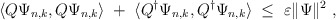
\begin{align*}\langle Q\Psi_{n,k}, Q\Psi_{n,k}\rangle\;+\; \langle Q^\dagger\Psi_{n,k},Q^\dagger\Psi_{n,k}\rangle \;\leq\;\varepsilon\Vert\Psi\Vert^2 \ ,\end{align*}